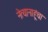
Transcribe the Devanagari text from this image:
नेत्यानाहूंचा